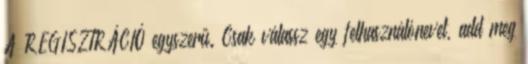
A REGISZTRÁCIÓ egyszerű. Csak válassz egy felhasználónevet, add meg